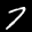
Label: 7